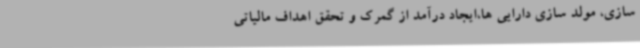
سازی، ‌مولد سازی دارایی ها،‌ایجاد درآمد از گمرک و تحقق اهداف مالیاتی